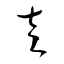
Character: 左